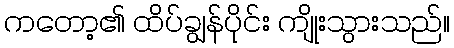
ကတော့၏ ထိပ်ချွန်ပိုင်း ကျိုးသွားသည်။